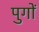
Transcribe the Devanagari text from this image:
पुगों